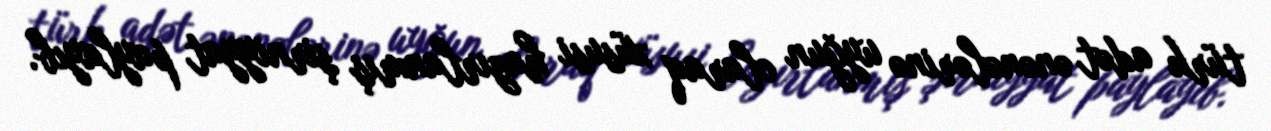
türk adət ənənələrinə uyğun olaraq xüsusi hazırlanmış şirniyyat paylayıb.